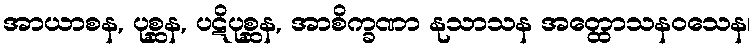
အာယာစန, ပုစ္ဆန, ပဋိပုစ္ဆန, အာစိက္ခဏာ နုသာသန အတ္ထောသနဝသေန၊